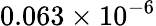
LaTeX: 0.063\times 10^{-6}